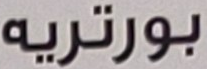
بورتريه